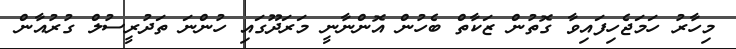
މިހާރު ހަމަޖެހިފައިވާ ގޮތުން ޒަކާތް ބެހުން އޮންނާނީ މަރަދޫގައި ހުންނަ ތަދުރީސުލް ގުރުއާން